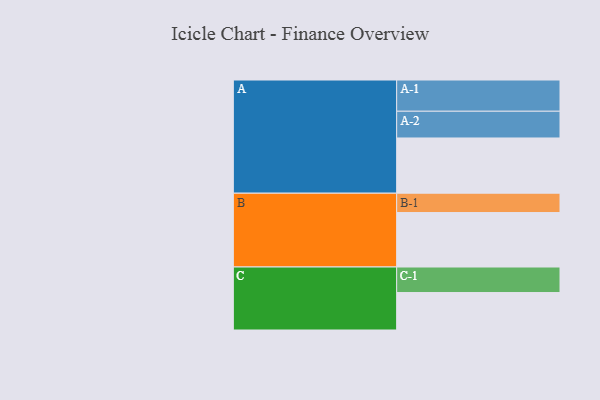
{"axis": {"x": "Segment", "y": "Value"}, "legend": ["", "A", "B", "C"], "data": [{"x": "A", "y": 506, "type": ""}, {"x": "B", "y": 499, "type": ""}, {"x": "C", "y": 343, "type": ""}, {"x": "A-1", "y": 286, "type": "A"}, {"x": "A-2", "y": 245, "type": "A"}, {"x": "B-1", "y": 177, "type": "B"}, {"x": "C-1", "y": 234, "type": "C"}]}